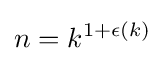
n=k^{1+\epsilon (k)}